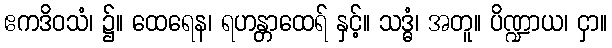
ဧကဒိဝသံ၊ ၌။ ထေရေန၊ ရဟန္တာထေရ် နှင့်။ သဒ္ဓံ၊ အတူ။ ပိဏ္ဍာယ၊ ငှာ။